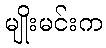
မျိုးမင်းက